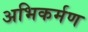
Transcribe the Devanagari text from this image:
अभिकर्मण